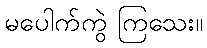
မပေါက်ကွဲ ကြသေး။